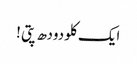
ایک کلو دودھ پتی !